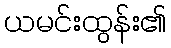
ယမင်းထွန်း၏